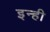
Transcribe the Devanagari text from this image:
इन्‍ही